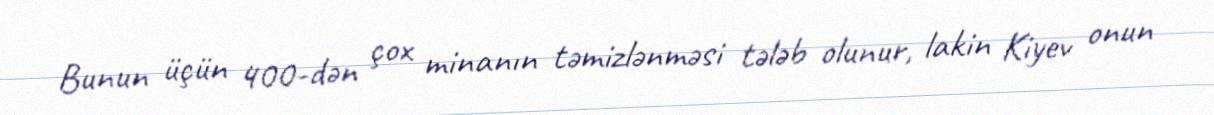
Bunun üçün 400-dən çox minanın təmizlənməsi tələb olunur, lakin Kiyev onun